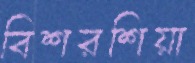
বিশরশিয়া